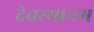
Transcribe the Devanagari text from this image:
देवस्‍थानम